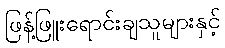
ဖြန့်ဖြူးရောင်းချသူများနှင့်